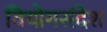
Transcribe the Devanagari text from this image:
वियोगसंदेश